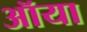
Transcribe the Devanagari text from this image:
ऑया